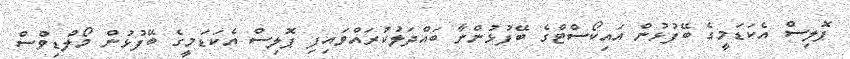
ޕޮލިސް އެކަޑަމީގެ ބޭފުޅުން އައިކޯސްޓްގެ ބޭފުޅުންނާ ބައްދަލުކުރައްވައިފި ޕޮލިސް އެކަޑަމީގެ ބޭފުޅުން މޯލްޑިވްސް